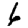
Digit: 6